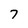
Character: 7